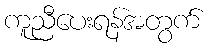
ကူညီပေးရန်အတွက်